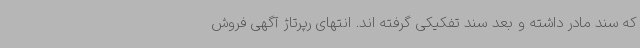
که سند مادر داشته و بعد سند تفکیکی گرفته اند. انتهای رپرتاژ آگهی فروش